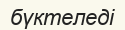
бүктеледі